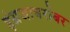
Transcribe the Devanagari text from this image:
इंग्रजाबरोबर